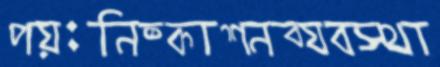
পয়ঃনিষ্কাশনব্যবস্থা